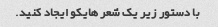
با دستور زیر یک شعر هایکو ایجاد کنید.